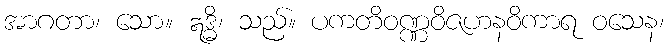
အာဂတာ၊ သော။ ဣဒ္ဓိ၊ သည်။ ပကတိဝဏ္ဏဝိဇဟနဝိကာရ ဝသေန၊